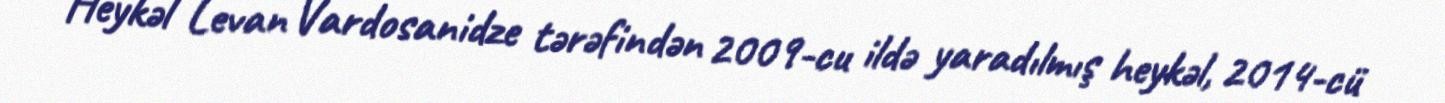
Heykəl Levan Vardosanidze tərəfindən 2009-cu ildə yaradılmış heykəl, 2014-cü